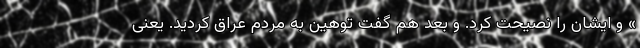
» و ایشان را نصیحت کرد. و بعد هم گفت توهین به مردم عراق کردید. یعنی